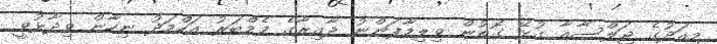
މިއަދުގެ ޖަލްސާއާ ގުޅޭ ގޮތުން ވިލިމާފަންނު ދާއިރާގެ މެމްބަރު އަހްމަދު ނިހާން ވިދާޅުވީ